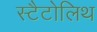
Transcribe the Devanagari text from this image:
स्टैटोलिथ